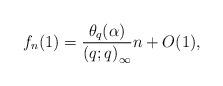
LaTeX: \begin{align*} f_{n}(1)=\frac{\theta_{q}(\alpha)}{\left(q;q\right)_{\infty}}n+O(1), \end{align*}